Indian journal of veterinary science and animal husbandry - Volumes 18-21, 1948-1951
Year: 1948
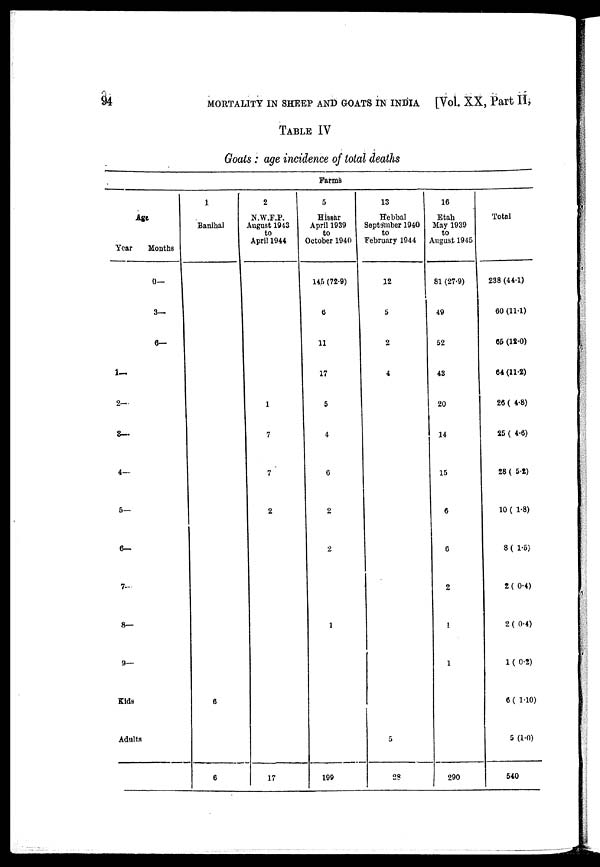
94
MORTALITY IN SHEEP AND GOATS IN INDIA
[Vol. XX, Part II,
TABLE IV
Goats: age incidence of total deaths
Farms
Age
Year
1—
2—
3—
4—
5—
6—
7—
8—
9—
Kids
Adults
Months
0—
3—
6—
1
Banihal
2
N.W.F.P.
August 1943
to
April 1944
5
Hissar
April 1939
to
October 1940
13
Hebbal
September 1940
to
February 1944
16
Etah
May 1939
to
August 1945
Total
6
6
1
7
7
2
17
145 (72.9)
6
11
17
5
4
6
2
2
1
199
12
5
2
4
5
28
81 (27.9)
49
52
43
20
14
15
6
6
2
1
1
290
238 (44.1)
60 (11.1)
65 (12.0)
64 (11.2)
26 (4.8)
25 (4.6)
28 (5.2)
10 (1.8)
8 (1.5)
2 (0.4)
2 (0.4)
1 (0.2)
6(1.10)
5 (1.0)
540